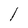
Character: l